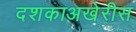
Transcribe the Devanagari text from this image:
दशकाअखेरीस